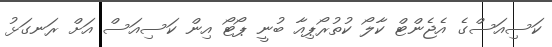
ކަސިއަސްގެ އެޖެންޓް ކާލޯ ކުތުރޯޕިއާ ބުނީ ޕޯޓޯ އިން ކަސިއަސް އަށް ރަނގަޅު